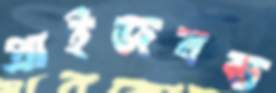
প্রাইজবন্ড